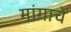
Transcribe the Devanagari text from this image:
मांगाचे